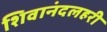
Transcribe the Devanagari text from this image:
शिवानंदलहरी